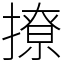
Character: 撩